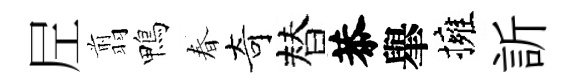
𡰱翦鴨春奇替恭𦦙擁訢